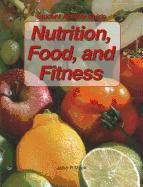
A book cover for Nutrition, Food, and Fitness; Dorothy F. West  Ph.D.; Teen & Young Adult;